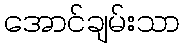
အောင်ချမ်းသာ